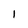
Character: 1